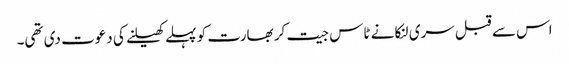
اس سے قبل سری لنکا نے ٹاس جیت کر بھارت کو پہلے کھیلنے کی دعوت دی تھی۔